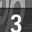
Digit: 3